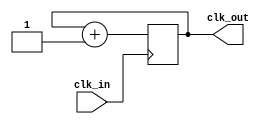
// This program was cloned from: https://github.com/AleksandarKostovic/Riscy-SoC
// License: MIT License

`ifndef CLK_DIV
`define CLK_DIV

module clk_div #(
    parameter LOG_DIVISOR = 1
) (
    input clk_in,
    output wire clk_out
);
    reg [LOG_DIVISOR-1:0] q;

    always @(posedge clk_in)
        q <= q + 1;

    assign clk_out = q[LOG_DIVISOR-1];
endmodule

`endif